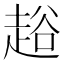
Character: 䞱